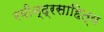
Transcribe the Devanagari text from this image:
रवीन्द्रसाहित्य